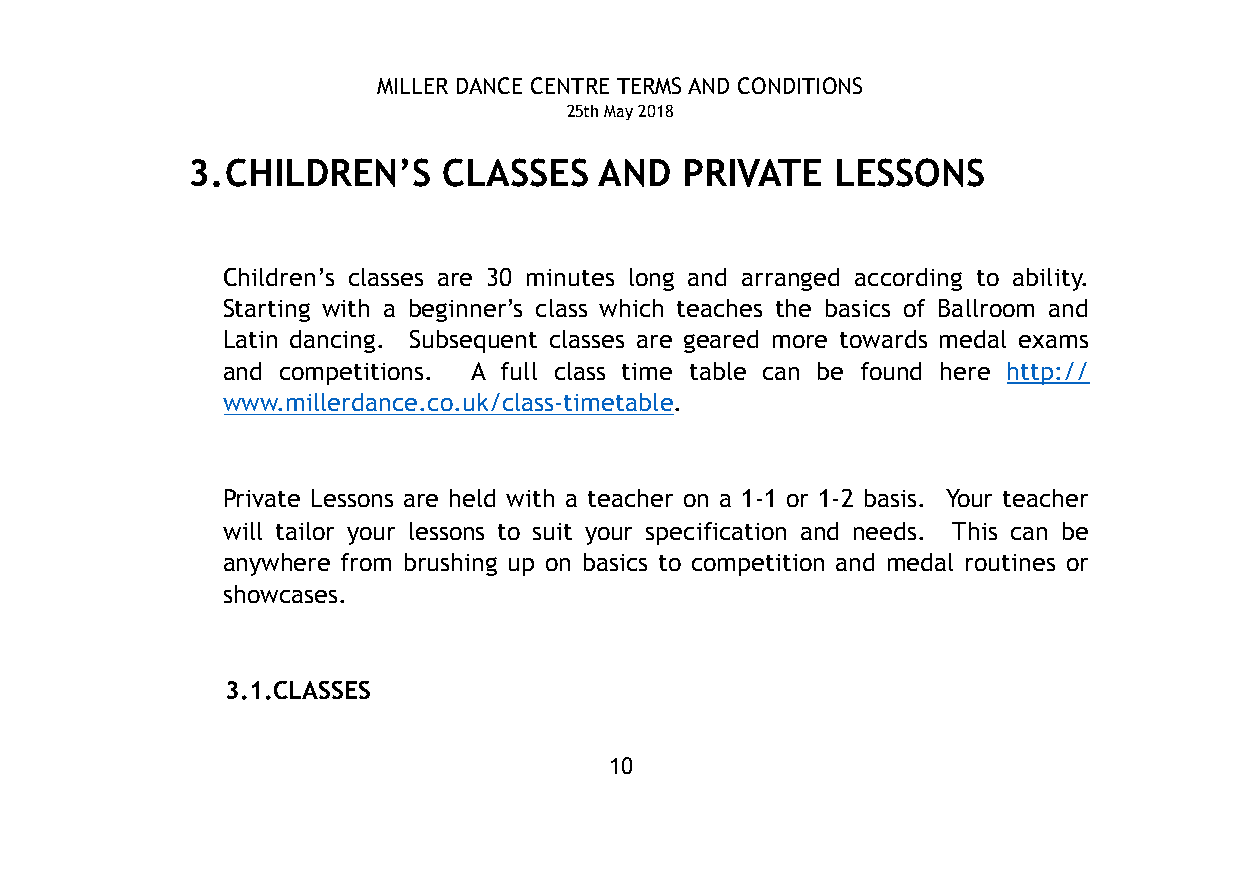
MILLER DANCE CENTRE TERMS AND CONDITIONS
 25th May 2018
 3.CHILDREN’S     CLASSES    AND  PRIVATE   LESSONS
 Children’s classes are 30 minutes long and arranged according to ability.
 Starting with a beginner’s class which teaches the basics of Ballroom and
 Latin dancing. Subsequent classes are geared more towards medal exams
 and competitions. A full class time table can be found here http://
 www.millerdance.co.uk/class-timetable.
 Private Lessons are held with a teacher on a 1-1 or 1-2 basis. Your teacher
 will tailor your lessons to suit your specification and needs. This can be
 anywhere from brushing up on basics to competition and medal routines or
 showcases.
 3.1.CLASSES
 10